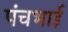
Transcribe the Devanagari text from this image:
पंचभाई